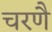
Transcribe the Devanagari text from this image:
चरणै